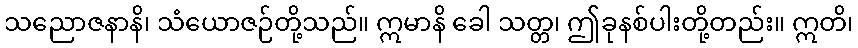
သညောဇနာနိ၊ သံယောဇဉ်တို့သည်။ ဣမာနိ ခေါ သတ္တ၊ ဤခုနစ်ပါးတို့တည်း။ ဣတိ၊